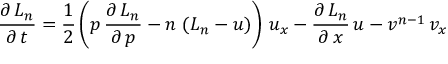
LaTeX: \frac { \partial \, L _ { n } } { \partial \, t } = \frac { 1 } { 2 } \left( p \, \frac { \partial \, L _ { n } } { \partial \, p } - n \, \left( L _ { n } - u \right) \right) \, u _ { x } - \frac { \partial \, L _ { n } } { \partial \, x } \, u - v ^ { n - 1 } \, v _ { x }